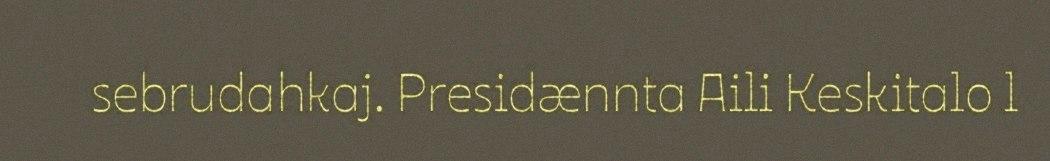
sebrudahkaj. Presidænnta Aili Keskitalo l